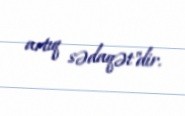
artıq sədaqət"dir.